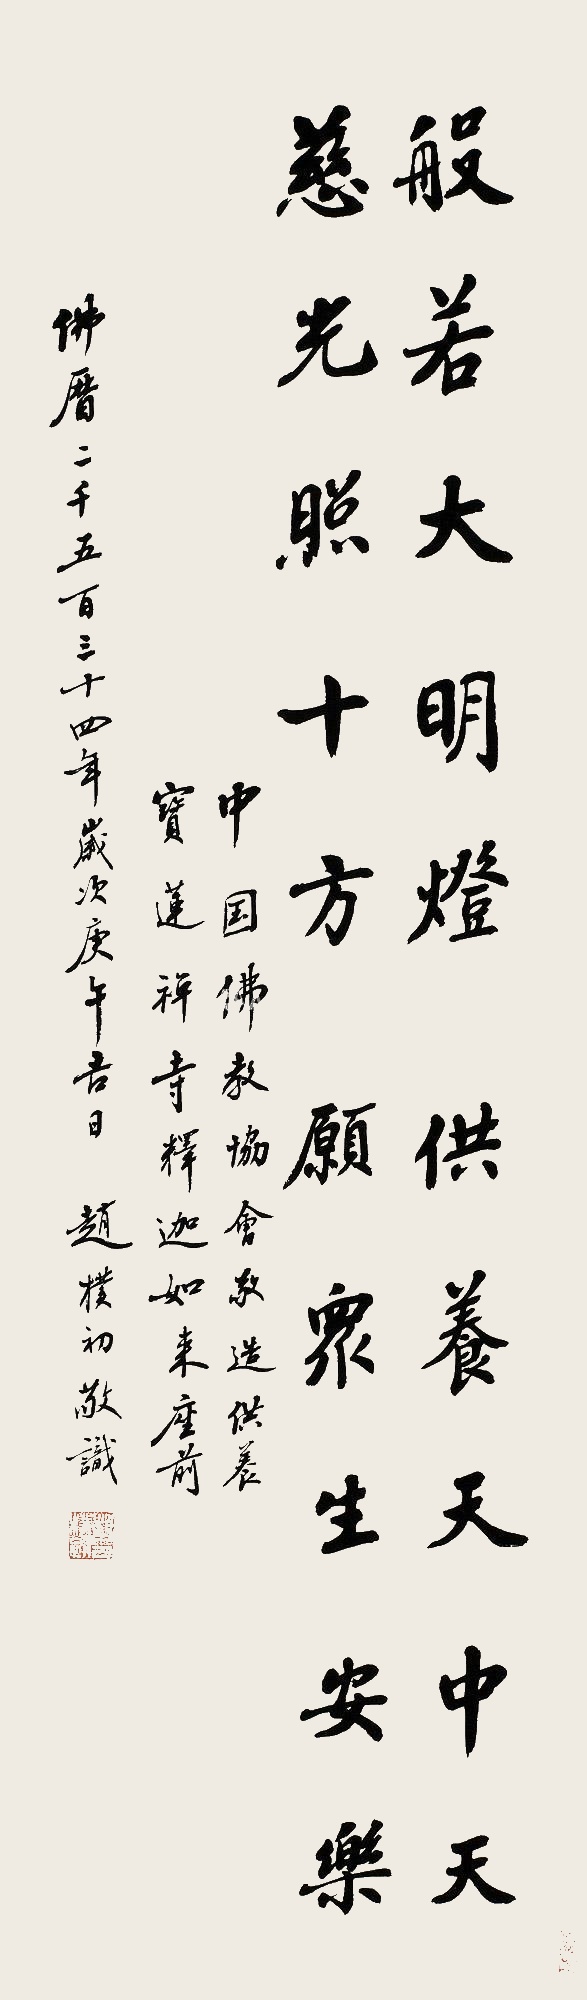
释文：般若大明灯，慈光照十方。供养天中天，愿众生安乐。中国佛教协会敬造，供养宝莲禅寺释迦如来座前。佛厝两千五百三十四年，岁次庚午（1990年）吉日，赵朴初敬识。